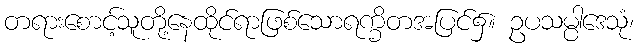
တရားစောင့်သူတို့နေထိုင်ရာဖြစ်သောရက္ခိတအပြင်၌။ ဥပသမ္ပါဒေသုံ၊